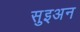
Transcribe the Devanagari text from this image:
सुइअन